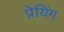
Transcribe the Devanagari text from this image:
प्रेयिंग